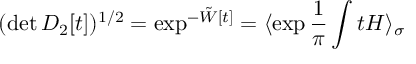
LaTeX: ( \operatorname * { d e t } D _ { 2 } [ t ] ) ^ { 1 / 2 } = \exp ^ { - \tilde { W } [ t ] } = \langle \exp \frac { 1 } { \pi } \int t H \rangle _ { \sigma }